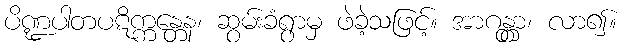
ပိဏ္ဍပါတပဋိက္ကန္တေန၊ ဆွမ်းခံရွာမှ ဖဲခဲ့သဖြင့်။ အာဂန္တွာ၊ လာ၍။